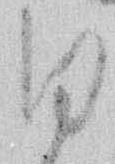
ひ